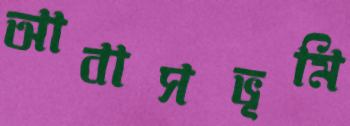
আবাসভূমি